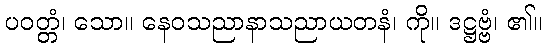
ပဝတ္တံ၊ သော။ နေဝသညာနာသညာယတနံ၊ ကို။ ဒဋ္ဌဗ္ဗံ၊ ၏။